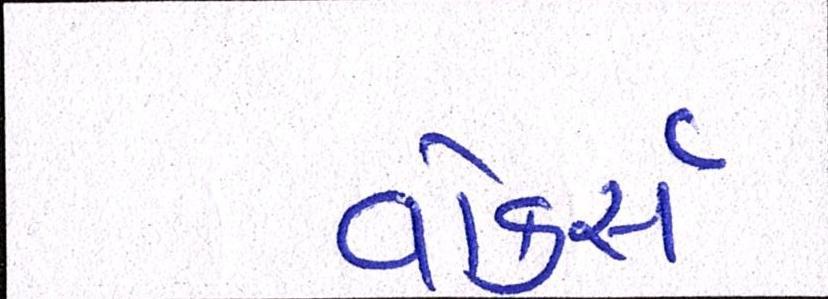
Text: વોકર્સ